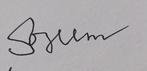
Signature authenticity: forged